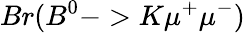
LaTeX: Br(B^{0}->K\mu^{+}\mu^{-})